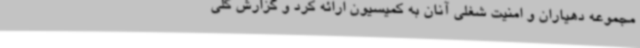
مجموعه دهیاران و امنیت شغلی آنان به کمیسیون ارائه کرد و گزارش کلی